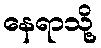
နေရာသို့